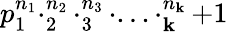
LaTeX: p_{1}^{n_{1}}\cdotp_{2}^{n_{2}}\cdotp_{3}^{n_{3}}\cdot...\cdotp_{\mathbf{k}}^{n_{\mathbf{k}}}+1